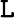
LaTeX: \boldsymbol{\mathtt{L}}